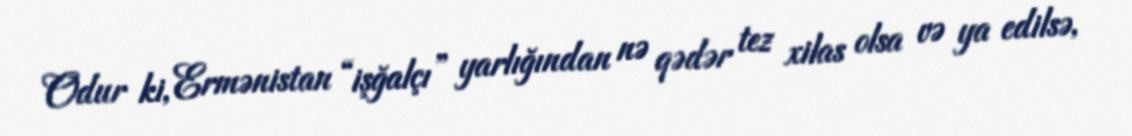
Odur ki, Ermənistan “işğalçı” yarlığından nə qədər tez xilas olsa və ya edilsə,